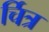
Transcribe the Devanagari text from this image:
र्चित्र